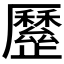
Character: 𣦯